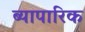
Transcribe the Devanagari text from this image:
ब्यापारिक